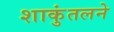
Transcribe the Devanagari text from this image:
शाकुंतलने